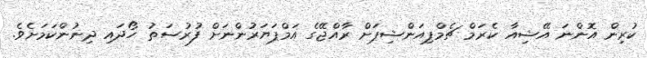
ކުރިން އޮންނަ އޭޝިއާ ކެރަމް ޗެމްޕިއަންޝިޕަށް ރާއްޖޭގެ އަމްޕަޔަރުންނަށް ފުރުސަތު ހޯދައި ދިނުންކަމަށެވެ.